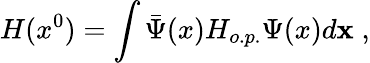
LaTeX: H(x^{0})=\int\bar{\Psi}(x)H_{o.p.}\Psi(x)d{\mathbf x}\; ,